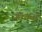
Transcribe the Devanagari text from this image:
ठोकते